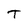
Character: T